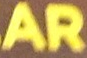
AR